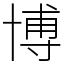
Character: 博